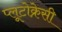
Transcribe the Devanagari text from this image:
प्लूटोक्रेसी